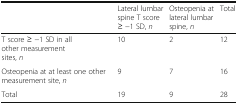
<table><thead><tr><td></td><td><b>Lateral lumbar spine T score ≥ −1 SD, <i>n</i></b></td><td><b>Osteopenia at lateral lumbar spine, <i>n</i></b></td><td><b>Total</b></td></tr></thead><tbody><tr><td>T score ≥ −1 SD in all other measurement sites, <i>n</i></td><td>10</td><td>2</td><td>12</td></tr><tr><td>Osteopenia at at least one other measurement site, <i>n</i></td><td>9</td><td>7</td><td>16</td></tr><tr><td>Total</td><td>19</td><td>9</td><td>28</td></tr></tbody></table>